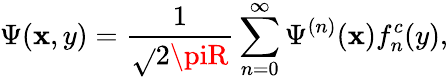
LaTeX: \Psi({\mathbf{x}},y)=\frac{{1}}{{\sqrt{}{{2\piR}}}}\sum_{n=0}^{\infty}\Psi^{(n)}({\mathbf{x}})f_{n}^{c}(y),